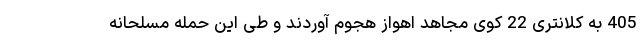
405 به کلانتری 22 کوی مجاهد اهواز هجوم آوردند و طی این حمله مسلحانه